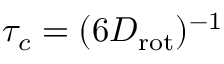
\tau _ { c } = ( 6 D _ { \mathrm { r o t } } ) ^ { - 1 }